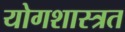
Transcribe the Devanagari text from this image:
योगशास्त्रत